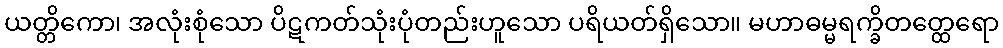
ယတ္တိကော၊ အလုံးစုံသော ပိဋကတ်သုံးပုံတည်းဟူသော ပရိယတ်ရှိသော။ မဟာဓမ္မရက္ခိတတ္ထေရော